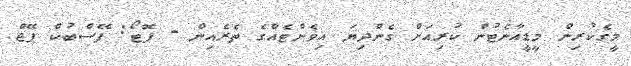
މީގެކުރިން މީޑީއާނެޓުން ކުރިއަށް ގެންދިޔަ އިވެންޓެއްގެ ތެރެއިން - ފޮޓޯ: ފޭސްބުކް ޕޭޖް